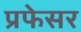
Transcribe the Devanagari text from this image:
प्रफेसर